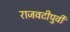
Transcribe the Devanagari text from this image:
राजवटीपुर्वी